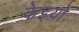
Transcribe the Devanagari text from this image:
केइयो